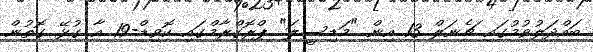
ބައްދަލުވުމުގައި ޗެނަލް 13 އިން "މަޑިސީލަ" ޕްރޮގްރާމްގައި ކޮވިޑް-19 އާ ގުޅޭ ގޮތުން